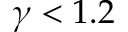
\gamma < 1 . 2